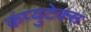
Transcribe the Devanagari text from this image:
कंप्युटेक्स